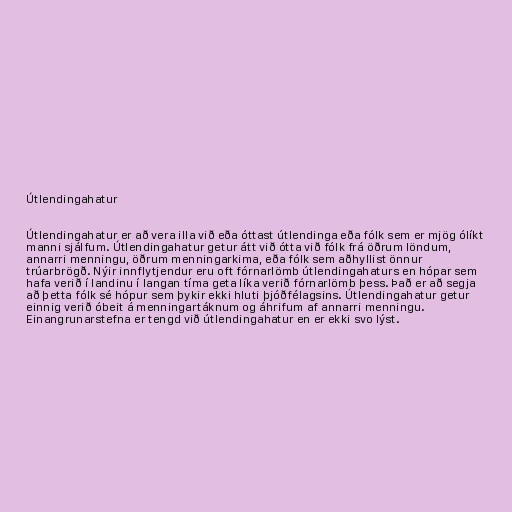
Útlendingahatur

Útlendingahatur er að vera illa við eða óttast útlendinga eða fólk sem er mjög ólíkt
manni sjálfum. Útlendingahatur getur átt við ótta við fólk frá öðrum löndum,
annarri menningu, öðrum menningarkima, eða fólk sem aðhyllist önnur
trúarbrögð. Nýir innflytjendur eru oft fórnarlömb útlendingahaturs en hópar sem
hafa verið í landinu í langan tíma geta líka verið fórnarlömb þess. Það er að segja
að þetta fólk sé hópur sem þykir ekki hluti þjóðfélagsins. Útlendingahatur getur
einnig verið óbeit á menningartáknum og áhrifum af annarri menningu.
Einangrunarstefna er tengd við útlendingahatur en er ekki svo lýst.